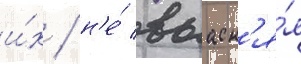
и́х / н'е́ выасн'я́я